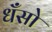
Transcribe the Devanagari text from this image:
धँसो